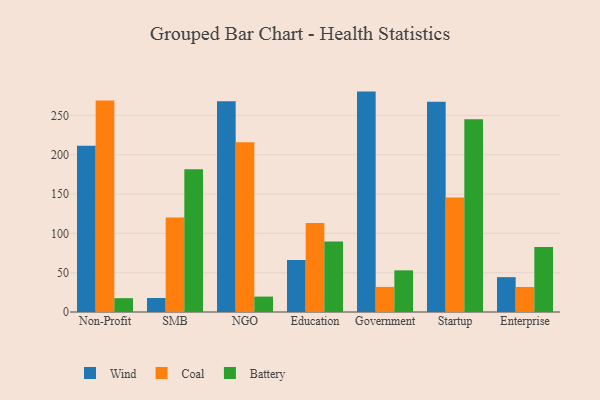
{"axis": {"x": "Segment", "y": "Demand Index"}, "legend": ["Battery", "Coal", "Wind"], "data": [{"x": "Non-Profit", "y": 211.5, "type": "Wind"}, {"x": "Non-Profit", "y": 269.1, "type": "Coal"}, {"x": "Non-Profit", "y": 17.6, "type": "Battery"}, {"x": "SMB", "y": 17.8, "type": "Wind"}, {"x": "SMB", "y": 120.1, "type": "Coal"}, {"x": "SMB", "y": 181.4, "type": "Battery"}, {"x": "NGO", "y": 268.1, "type": "Wind"}, {"x": "NGO", "y": 215.8, "type": "Coal"}, {"x": "NGO", "y": 19.6, "type": "Battery"}, {"x": "Education", "y": 66.1, "type": "Wind"}, {"x": "Education", "y": 113.2, "type": "Coal"}, {"x": "Education", "y": 89.7, "type": "Battery"}, {"x": "Government", "y": 280.3, "type": "Wind"}, {"x": "Government", "y": 31.9, "type": "Coal"}, {"x": "Government", "y": 53.0, "type": "Battery"}, {"x": "Startup", "y": 267.3, "type": "Wind"}, {"x": "Startup", "y": 145.5, "type": "Coal"}, {"x": "Startup", "y": 245.2, "type": "Battery"}, {"x": "Enterprise", "y": 44.3, "type": "Wind"}, {"x": "Enterprise", "y": 31.8, "type": "Coal"}, {"x": "Enterprise", "y": 82.8, "type": "Battery"}]}